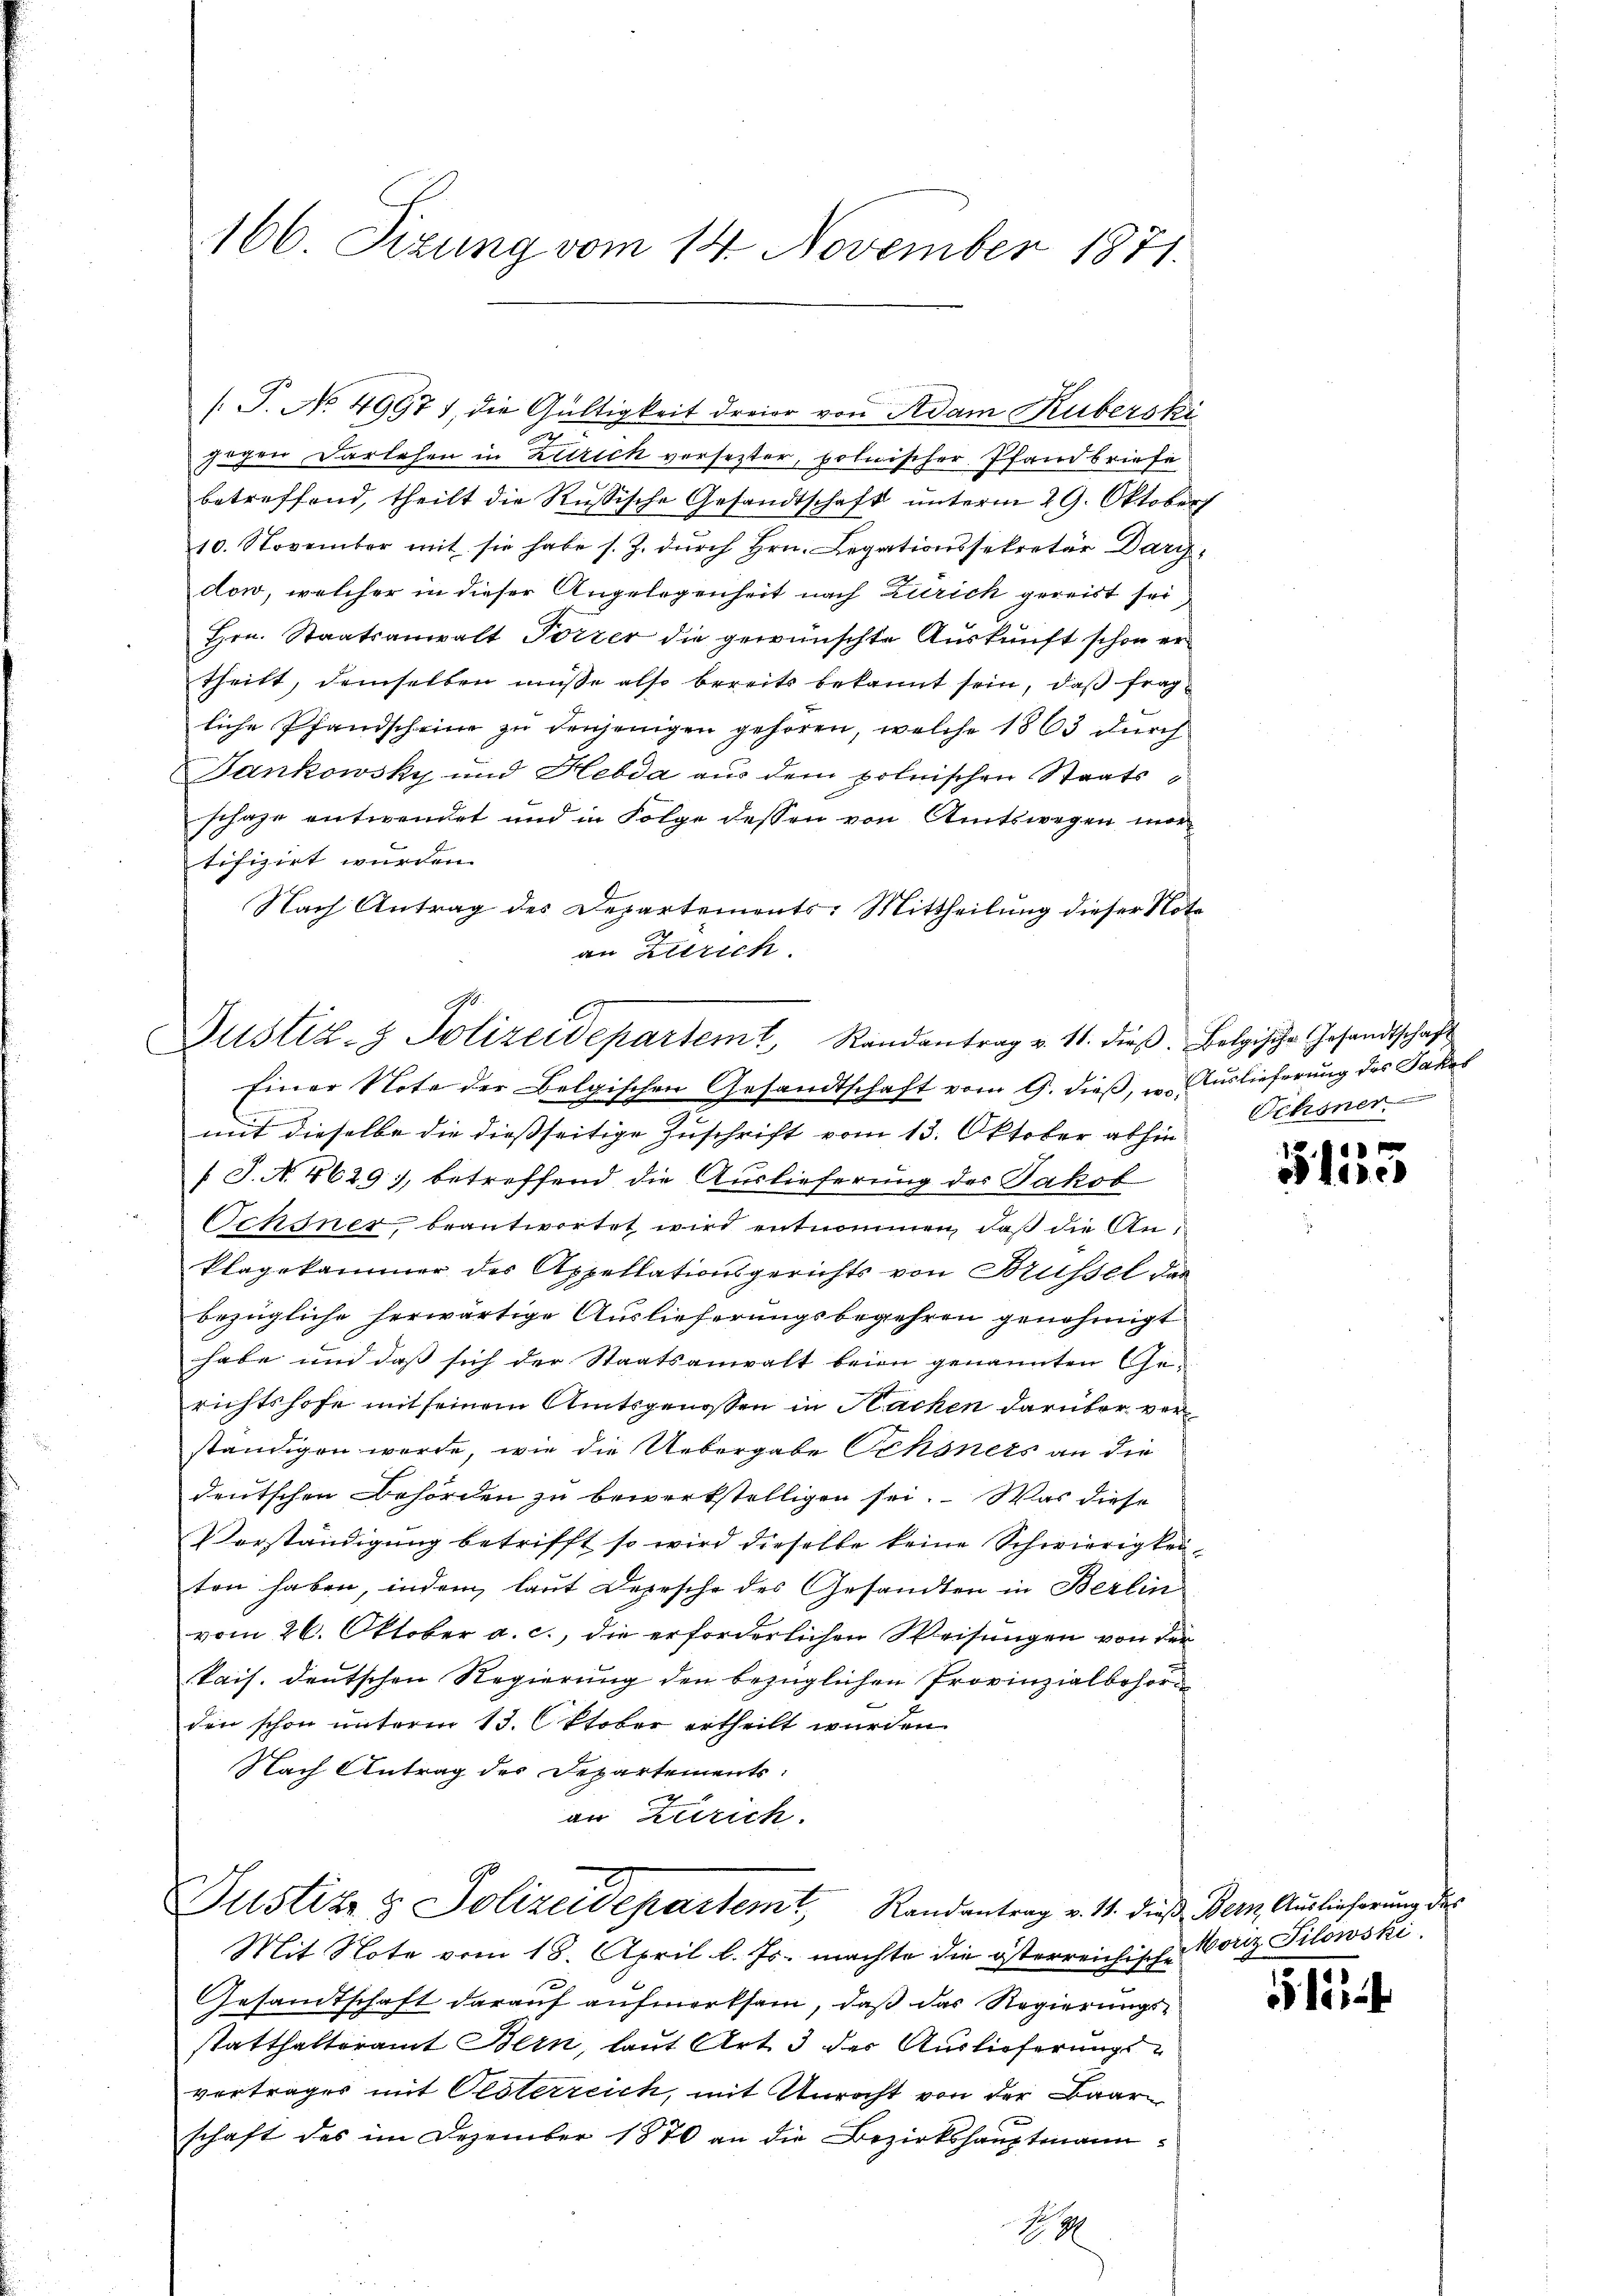
166. Sizung vom 14. November 1871.

[.P. No. 49971, die Gültigkeit dreier von Adam Ruberski
gogen Darlehen in Zürich versetzter, polnischer Pfandbriefe
betreffend, theilt die Russische Gesandtschaft unterm 29. Oktober
10. November mit sie habe s. Z. durch Hrn. Legationssekretär Dargdon, welcher in dieser Angelegenheit nach Zürich gereist sei
Hrn. Staatsanwalt Porzer die gewünschte Auskunft schon ertheilt, demselben müße also bereits bekannt sein, daß frag
liche Pfandscheine zŭ denjenigen gehören, welche 1863 durch
Jankowsky und Hebda aus dem polnischen Staatsschaze entwendet und in Folge dessen von Amtswegen mortifizirt wurden.
Nach Antrag des Departements-Mittheilung dieser Note
an Zürich.
C.

Justiz- & Polizeidepartem Randantrag v. 11. dieβ. Belgische Gesandtschaft

Einer Note der Belgischen Gesandtschaft vom 9. dieß, u. Auslieferung des Jakes
mit dieselbe die diessseitige Zuschrift vom 13. Oktober abhen Ochsner
f. J. N. 4629), betreffend die Auslieferung des Jakob
Ochsner, beantwortet wird entnommen, daß die An¬
Plagekammer des Appellationsgerichts von Brüssel das
bezügliche herwärtige Auslieferungsbegehren genehmigt
habe und daß sich der Staatsanwalt beim genannten Gerichtshofe mit seinem Amtsgenossen in Hacken darüber verständigen werde, wie die Uebergabe Schonets an die
deutschen Behörden zu bewerkstelligen sei. Was diese
Verständigung betrifft so wird dieselbe keine Schwierigkei
ten haben, indem laut Depesche des Gesandten in Berlin
vom 26. Oktober a. c., die erforderlichen Weisungen von der
Pais. deutschen Regierung den bezüglichen Provinzialbehörden schon unterm 13. Oktober ertheilt wurden
Nach Antrag des Departements:
an Zürich.

Justiz & Polizeidepartemt, Randantrag v. 11. dieß Bern Auslieferung des

Mit Note vom 18. April l. Js. machte die österreichische
Gesandtschaft darauf aufmerksam, daß das Regierungsstatthalteramt Bern, laut Art. 3 der Auslieferungsvertrages mit Oesterreich, mit Unrecht von der Baar
schaft des im Dezember 1870 an die Bezirkshauptmann
18

3hises

Morz Tilowski.

1